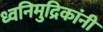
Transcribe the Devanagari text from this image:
ध्वनिमुद्रिकांनी